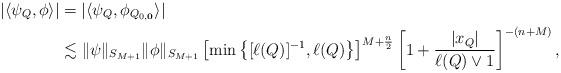
LaTeX: \begin{align*}|\langle\psi_Q,\phi\rangle|&=|\langle\psi_Q,\phi_{Q_{0,\mathbf{0}}}\rangle|\\&\lesssim\|\psi\|_{S_{M+1}}\|\phi\|_{S_{M+1}}\left[\min\left\{[\ell(Q)]^{-1},\ell(Q)\right\}\right]^{M+\frac{n}{2}} \left[1+\frac{|x_Q|}{\ell(Q)\vee 1}\right]^{-(n+M)},\end{align*}